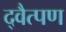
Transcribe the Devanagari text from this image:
द्वैत्पण